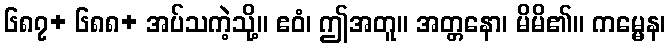
၆၈၇+ ၆၈၈+ အပ်သကဲ့သို့။ ဧဝံ၊ ဤအတူ။ အတ္တနော၊ မိမိ၏။ ကမ္မေန၊